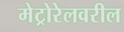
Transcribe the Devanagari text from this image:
मेट्रोरेलवरील